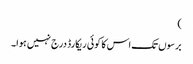
)
برسوں تک اس کا کوئی ریکارڈ درج نہیں ہوا۔